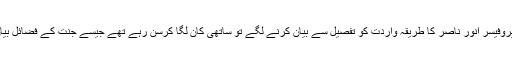
عبید صاحب پروفیسر انور ناصر کا طریقہ واردت کو تفصیل سے بیان کرنے لگے تو ساتھی کان لگا کرسن رہے تھے جیسے جنت کے فضائل بیان ہورہے ہیں۔